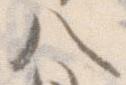
八